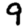
Digit: 9